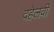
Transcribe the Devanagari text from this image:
दहेलवी